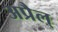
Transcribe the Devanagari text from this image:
अप्रैल्